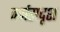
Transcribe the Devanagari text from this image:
वर्णसदृश